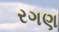
રગણ